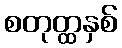
စတုတ္ထနှစ်